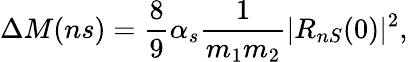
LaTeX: \Delta M(ns)=\frac{8}{9}\alpha_{s}\frac{1}{m_{1}m_{2}}|R_{nS}(0)|^{2},